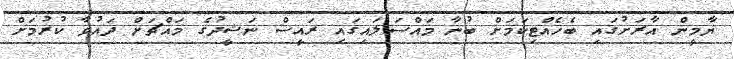
ޔާމީން އާރަށުގައި ބެހެއްޓިކަމަށް ބުނާ މައްސަލައިގައި ރައީސް ނަޝީދުގެ މައްޗަށް ދައުވާ ކުރުމަށް